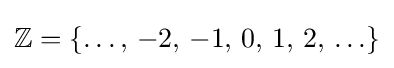
\mathbb {Z} =\{\ldots ,\,-2,\,-1,\,0,\,1,\,2,\,\ldots \}